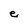
Character: e